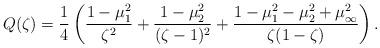
LaTeX: \begin{align*} Q(\zeta) =\frac{1}{4}\left(\frac{1-\mu _1^2}{\zeta^2}+\frac{1-\mu _2^2}{(\zeta-1)^2}+\frac{1-\mu _1^2 - \mu _2^2 +\mu _\infty^2}{\zeta(1-\zeta)}\right).\end{align*}